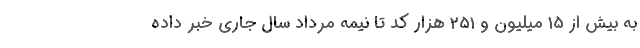
به بیش از 15 میلیون و 251 هزار کد تا نیمه مرداد سال جاری خبر داده